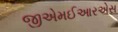
જીએમઈઆરએસ